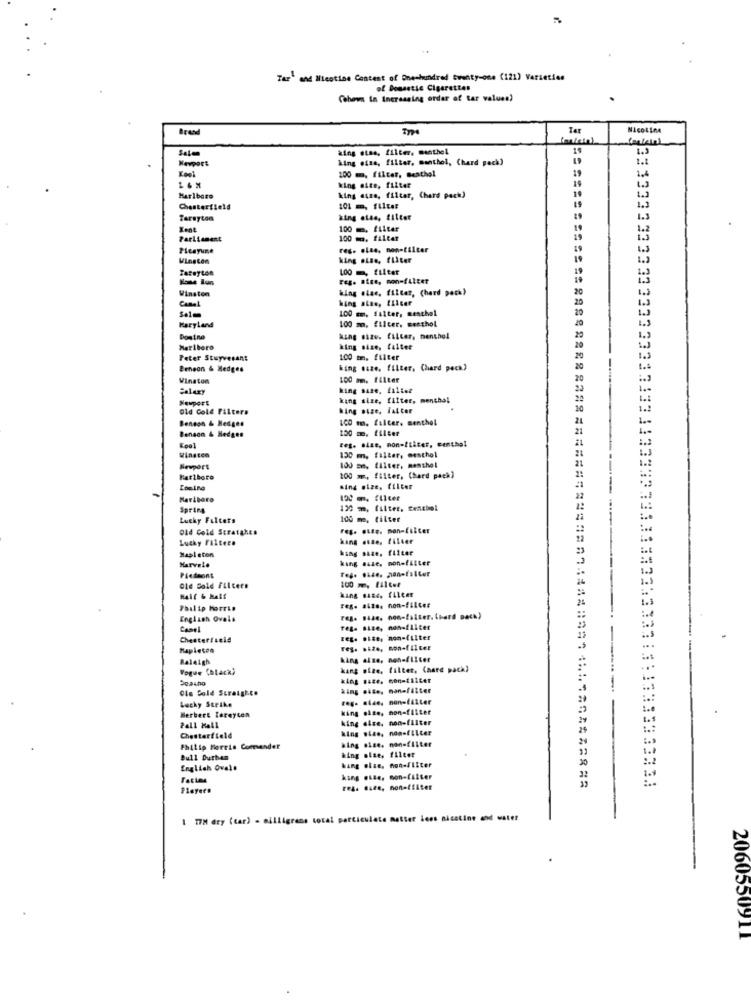
Tar" and Micotine Content of Dneshundred twenty-one (121) Varieties
of Domestic Cigarettes
Cohovn in Increasing order of tar values)
Brand
Ter
Nicotine
king etne, filter. manthel
11
1.3
Kevport
king eita, filter, menthol, Chard pack)
100 m. filter, Benthal
king site, filter
19
Marlboro
king size, filtar, Chard pack)
Chesterfield
Tarayton
king else, filter
Went
100 m. filter
Parliament
100 mo. filter
19
Picayune
reg. elae, non-tilter
king else, filter
100 , filter
reg. Bite, con-filter
Winston
king olas, filter, (hard pack)
Canal
hing atae, ILiter
100 mm. Falter, menthal
100 m. filter, menthol
Maryland
Domino
king size. filter, menthol
Marlboro
king size, faites
Peter Stuyvesant
100 mm. filter
Beneon & Hedges
king naze. filter, Chard peck.)
Winston
100 m. filter
Paluxy
king sase, fillet
Newport
king size, filter, menthal
Old Cold Filters
king size, fakter
Bendon & Hedges
100 mm. falter, menthol
Benson & Hedges
150 m. filter
reg. size, non-tilter, centhel
Winsten
130 m, faller, westhol
Newport
100 m, filter, menthel
Marlboro
100 m, filter, (hard pack)
Ming size, filter
Marlboro
Spring
120 m, filter. fenchel
3313333333333333333333333113333333
Lucky Falters
100 mm, filter
Old Cold Scratches
Feg. . sze. mon-filter
Lucky Filter.
kang este, filler
king sade. filter
Mapleton
king size. monofilter
Harvale
Piedmont
100 m, filter
Old Gold Filters
king size, FALter
Hall & Half
reg. #420. non-fiLce#
English Ovals
Camel
reg. size, non-filter
Chesterfield
tege size: non-filter
Mapleton
reg. size, non-filter
Raleigh
king size, neh-filter
Vogue (black)
kang size, filter, Chare pack)
Deatho
king ... e. non-filter
Ole Cold Straight.
king wite. man-filter
reg. alde. non-filter
Lucky Strike
king size, non-filter
Herbert Toreyton
king size. non-filter
Pall Mall
king size, non-filter
Chesterfield
king size. non-filter
Philip Morris Commender
king size, filter
Bull Duthen
kang olae, non-filter
30
Englich Ovale
king .Lze, mon-filter
FRA. #44e, non-tiiter
: 13333333331
17H dry (car)
milligrans total particulate matter less nicotine and water
2060550911